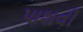
પાશવી